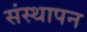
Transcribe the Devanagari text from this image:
संस्‍थापन